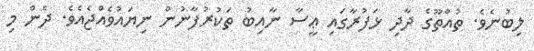
ލިބުނެވެ. ތުއްތޫގެ ދާދި ޅަފުރާގައި ޢީސާ ނާއިބު ތަކުރުފާނުން ނިޔައުވެއްޖެއެވެ. ދެން މި